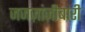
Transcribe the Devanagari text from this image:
जजज़ांज़ीबारी